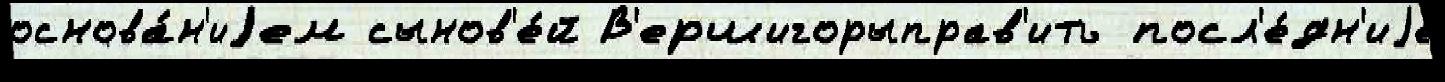
основа́н'иjем сынов'е́й В'ершигорыправ'ить посл'е́дн'иjе